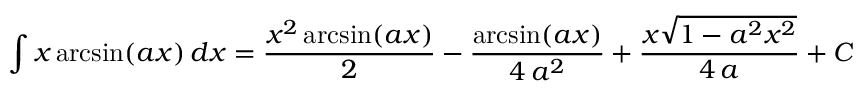
\int x \arcsin ( a x ) \, d x = { \frac { x ^ { 2 } \arcsin ( a x ) } { 2 } } - { \frac { \arcsin ( a x ) } { 4 \, a ^ { 2 } } } + { \frac { x { \sqrt { 1 - a ^ { 2 } x ^ { 2 } } } } { 4 \, a } } + C